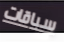
سباقات